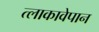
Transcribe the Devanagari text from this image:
त्लाकावेपान